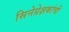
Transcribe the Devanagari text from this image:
सिनेप्रेक्षकांची